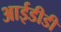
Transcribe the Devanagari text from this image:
आईडीडी